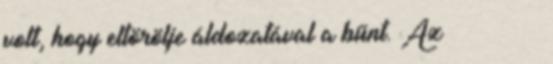
volt, hogy eltörölje áldozatával a bűnt. Az εἰς ἀθέτησιν